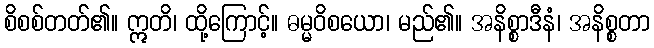
စိစစ်တတ်၏။ ဣတိ၊ ထို့ကြောင့်။ ဓမ္မဝိစယော၊ မည်၏။ အနိစ္စာဒီနံ၊ အနိစ္စတာ